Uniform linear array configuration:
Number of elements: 64
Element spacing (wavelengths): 1
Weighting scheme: exponential
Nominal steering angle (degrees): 30
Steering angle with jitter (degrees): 31.096
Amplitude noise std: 0.05
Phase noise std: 0.05

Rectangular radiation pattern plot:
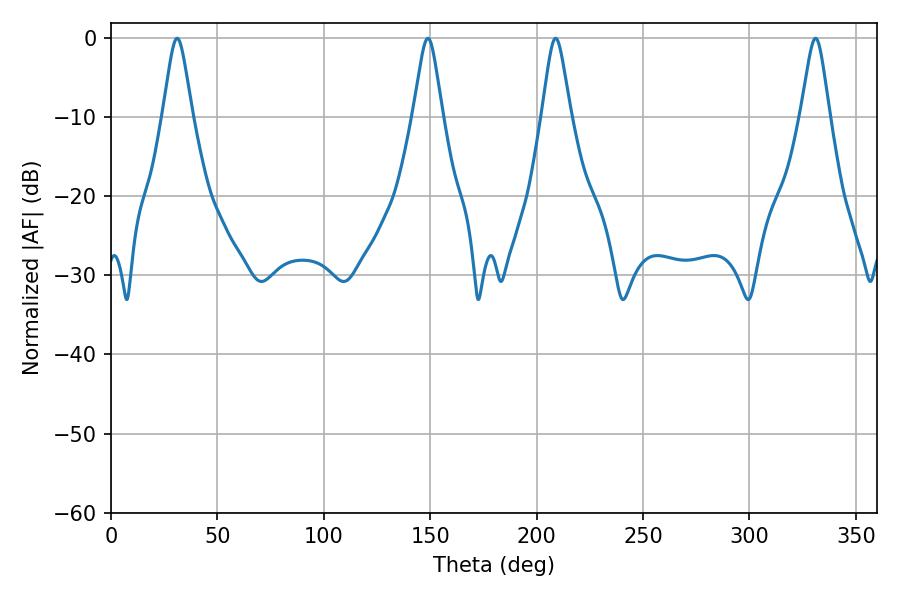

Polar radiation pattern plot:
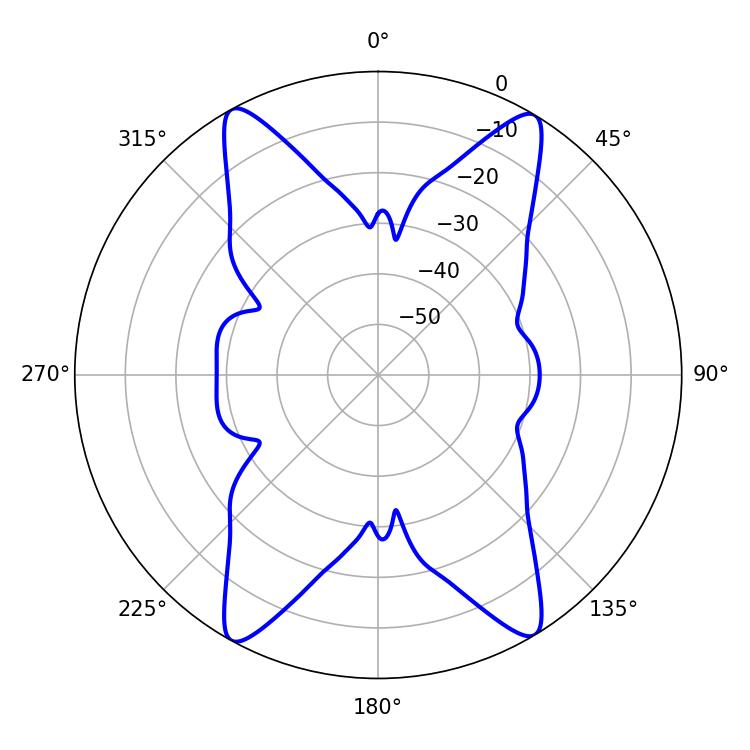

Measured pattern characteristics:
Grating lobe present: TRUE
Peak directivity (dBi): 22.657
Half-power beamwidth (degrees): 6.48
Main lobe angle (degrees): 208.98